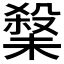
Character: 𭯀